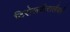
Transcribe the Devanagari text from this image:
टिरोलवोरार्लवर्ग